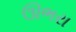
ઊભરા